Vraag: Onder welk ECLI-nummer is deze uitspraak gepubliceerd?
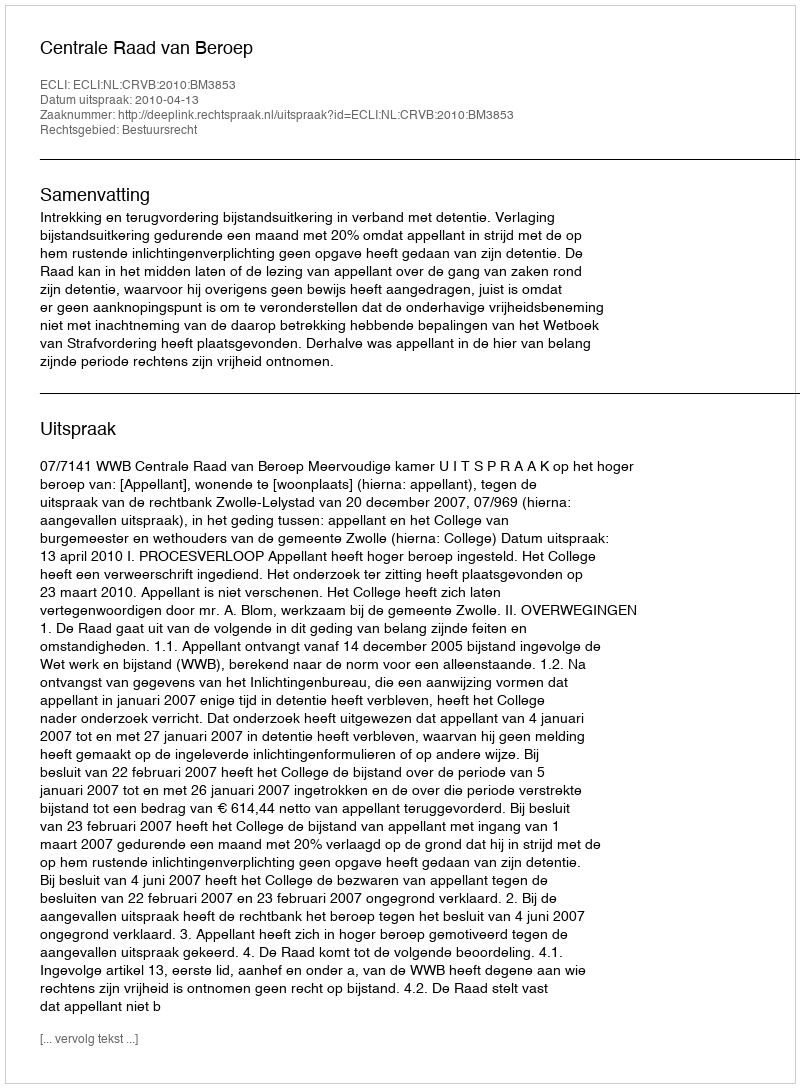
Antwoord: ECLI:NL:CRVB:2010:BM3853